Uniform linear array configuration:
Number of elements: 48
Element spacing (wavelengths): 0.25
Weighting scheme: kaiser
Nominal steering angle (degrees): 45
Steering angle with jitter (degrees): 46.395
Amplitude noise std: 0.05
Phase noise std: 0.05

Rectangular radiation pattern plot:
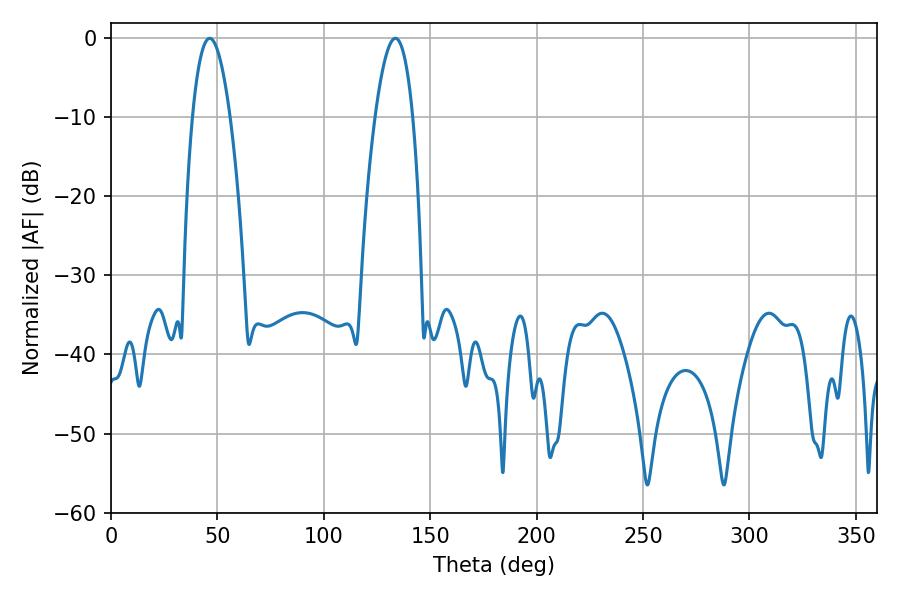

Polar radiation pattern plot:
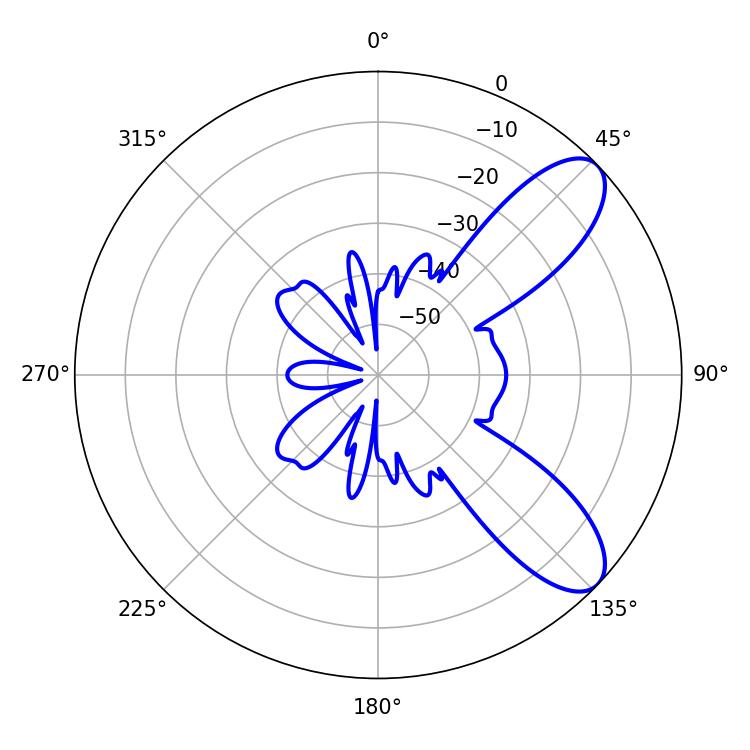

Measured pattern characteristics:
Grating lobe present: FALSE
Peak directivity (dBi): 8.766
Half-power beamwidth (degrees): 9.72
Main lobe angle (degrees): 46.44